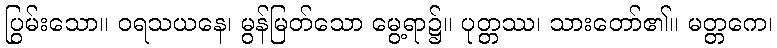
ပြွမ်းသော။ ဝရသယနေ၊ မွန်မြတ်သော မွေ့ရာ၌။ ပုတ္တဿ၊ သားတော်၏။ မတ္တကေ၊